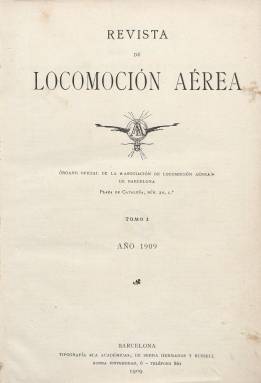
Título: Revista de locomoción aérea
Colección: Aviación
Ámbito geográfico: Barcelona
Lugar de publicación: Barcelona
Fechas: 15/06/1909-25/12/1910

Esta revista mensual aparecida en junio de 1909 es la continuación ampliada del Boletín Oficial de la Asociación de Locomoción Aérea de Barcelona de meses antes, con más información y artículos de carácter técnico sobre los adelantos de la naciente aviación.

  Para hacerse una idea de la prontitud con que aparecieron publicaciones periódicas especializadas en navegación aérea en España solo hay que recordar que fue en 1903 cuando los hermanos Wright consiguieron en Estados Unidos el que se considera primer vuelo con motor de un aeroplano. Francia fue también pionera en aviación, de lo que da cuenta esta revista barcelonesa citando una gran cantidad de aviadores franceses, sus construcciones y vuelos experimentales.

  La paginación de la Revista de locomoción aérea era irregular con números que iban de las 20 a las 40 páginas. En las portadas de cada uno de los números figura un sumario muy útil para el seguimiento de los contenidos. En el primer número es de destacar la reproducción de una carta que Víctor Hugo envió en 1864 a Nadar con motivo del vuelo del ‘Gigante’, un enorme globo aerostático que surcó los aires de Francia ese año. Nadar, más conocido como fotógrafo, fue también un adelantado de la aviación y puso en marcha ese globo dentro de sus experimentos para demostrar que se podía volar con aparatos más densos y pesados que el aire.

   También el segundo número de la revista nos informa de un interesante artículo de los hermanos Wright titulado ‘Cómo hemos conquistado el aire’.

Uno de los aspectos más destacables de la revista es su gran cantidad de fotografías que recogen todo tipo de aparatos voladores de los primeros tiempos de la aviación, algunos diseñados con alas que semejan las de las aves. También se incluyen imágenes de los dirigibles o zepelines, que se adelantaron a los aviones en la conquista del aire. La publicación muestra dirigibles españoles y a algunos de sus pioneros como el capitán Kindelán.

Una de las informaciones recurrentes de la revista son las diferentes travesías llevadas a cabo por los aeroplanos, con rutas cada vez más largas y arriesgadas. En el número de noviembre de 1909 también se informa de la primera vez que una mujer pilotó un aparato. Se trata de la condesa de Laroche, que llegó a realizar un vuelo de dos kilómetros.

   En febrero y marzo de 1910, dos de los números con más páginas, la publicación da cuenta de la que denomina primera fiesta de la aviación en España, patrocinada por la Asociación de Locomoción Área de Barcelona, con un espectáculo público de exhibición en la ciudad y vuelos del aviador francés Mamet.

   Además de las fotografías, la revista cuenta con gráficos y esquemas para ayudar en la exposición del funcionamiento de los aparatos y de los elementos técnicos que explican la sustentación en el aire.

  La colección de la BNE de esta publicación termina con el año 1910 aunque se publicaron algunos números más.

[Descripción publicada el 1/12/2022]